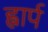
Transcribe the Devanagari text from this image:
ह्वार्प